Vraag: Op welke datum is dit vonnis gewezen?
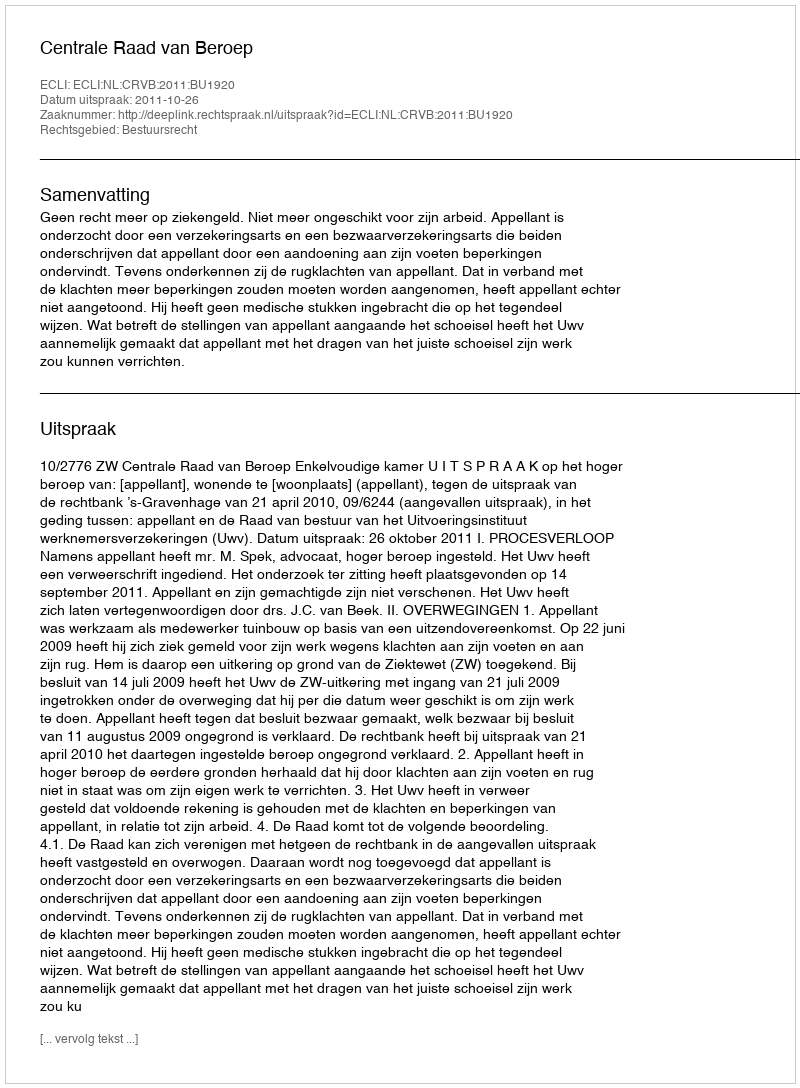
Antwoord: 2011-10-26